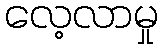
လေ့လာမှု